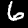
Digit: 6